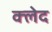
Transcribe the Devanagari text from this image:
क्‍लेद